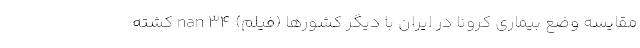
مقایسه وضع بیماری کرونا در ایران با دیگر کشورها (فیلم) nan 34 کشته